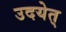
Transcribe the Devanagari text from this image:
उदयेत्‌